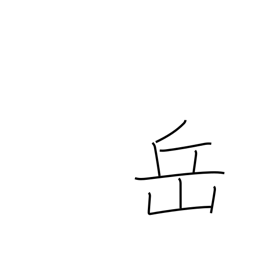
Meaning: mountain